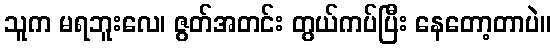
သူက မရဘူးလေ၊ ဇွတ်အတင်း တွယ်ကပ်ပြီး နေတော့တာပဲ။